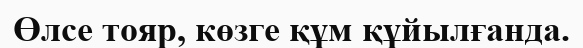
Өлсе тояр, көзге құм құйылғанда.